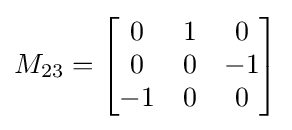
M_{23}={\begin{bmatrix}0&1&0\\0&0&-1\\-1&0&0\end{bmatrix}}